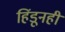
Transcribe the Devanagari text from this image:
हिंडूनही